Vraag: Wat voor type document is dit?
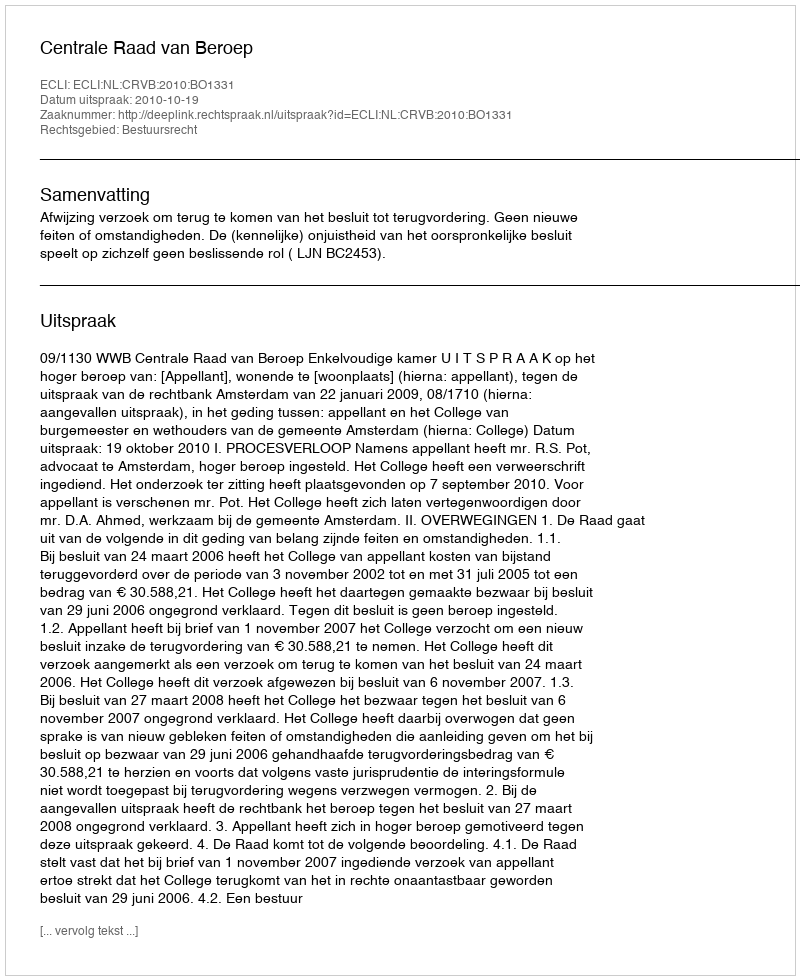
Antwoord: Uitspraak